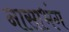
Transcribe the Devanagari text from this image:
नासाभंग